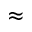
\approx